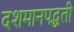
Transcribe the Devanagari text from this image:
दशमानपद्धती